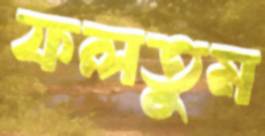
ফলতুম